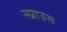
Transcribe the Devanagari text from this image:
स्प्राउस